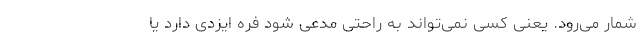
شمار می‌رود. یعنی کسی نمی‌تواند به راحتی مدعی شود فره ایزدی دارد یا